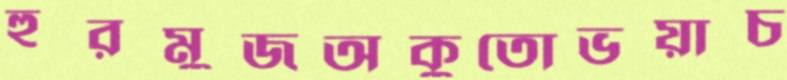
হুরমুজঅকুতোভয়াচ